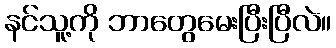
နင်သူ့ကို ဘာတွေမေးပြီးပြီလဲ။